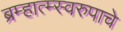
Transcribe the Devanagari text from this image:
ब्रम्हात्म्स्वरुपाचे